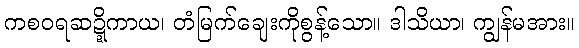
ကစဝရဆဍ္ဍိကာယ၊ တံမြက်ချေးကိုစွန့်သော။ ဒါသိယာ၊ ကျွန်မအား။